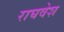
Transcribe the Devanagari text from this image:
राघवेश